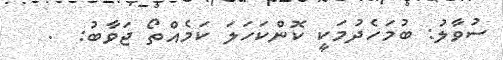
ސުވާލު: ބުމަހެދުމަކީ ކޮންކަހަލަ ކަމެއްތޯ ޖަވާބު:  .